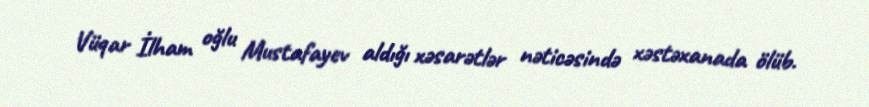
Vüqar İlham oğlu Mustafayev aldığı xəsarətlər nəticəsində xəstəxanada ölüb.